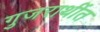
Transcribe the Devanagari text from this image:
गुजराथींत